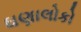
ઘણાલોકો